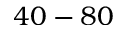
4 0 - 8 0